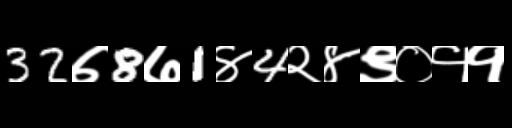
Text: 32७8७1४4२४९०११